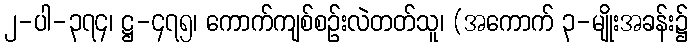
၂-ပါ-၃၇၄၊ ဋ္ဌ-၄၇၅၊ ကောက်ကျစ်စဉ်းလဲတတ်သူ၊ (အကောက် ၃-မျိုးအခန်း၌